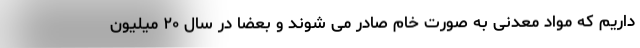
داریم که مواد معدنی به صورت خام صادر می شوند و بعضا در سال ۲۰ میلیون